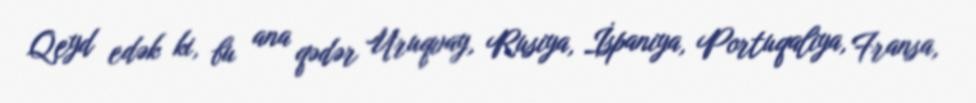
Qeyd edək ki, bu ana qədər Uruqvay, Rusiya, İspaniya, Portuqaliya, Fransa,